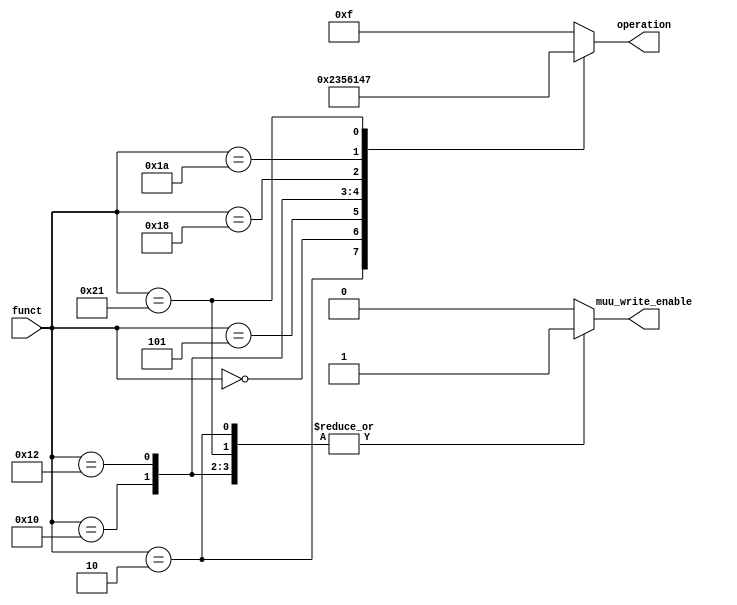
/* Controle da unidade multiplicadora muu_control:
 * Recebe o campo funct da instrucao como entrada e determina a operacao a ser
 * executada na MUU, assim como se essa operacao escreve ou nao no banco de
 * registradores. Retorna o codigo da operacao a ser executada e uma flag que
 * permite ou nao a escrita no banco.
 */
module muu_control(
		input[5:0] funct,					// Campo FUNCT da instrucao
		
		output reg [3:0] operation,	// Codigo da op a ser executada na MUU
		output reg muu_write_enable	// Flag para permitir escrita no bco de reg
	);
	
	initial begin
		muu_write_enable = 1'b0;	// Desabilita escrita no banco
		operation = 4'b1111;			// Codigo p/ NO OP na MUU
	end
	
	always @(*) begin
		muu_write_enable = 1'b0;	// Desabilita escrita no banco
		
		case (funct)
			6'b000010: begin	// MUL
				operation <= 4'b0000;
				muu_write_enable <= 1'b1;	// Escreve banco de registradores
			end
			
			6'b000000: begin	// MADD
				operation <= 4'b0010;
				muu_write_enable <= 1'b0;	// Desabilita escrita no banco
			end
			
			6'b000101: begin// MSUBU
				operation <= 4'b0011;
				muu_write_enable <= 1'b0;	// Desabilita escrita no banco
			end
			
			6'b010000: begin	// MFHI
				operation <= 4'b0101;
				muu_write_enable <= 1'b1;	// Escreve banco de registradores
			end
				
			6'b010010: begin	// MFLO
				operation <= 4'b0110;
				muu_write_enable <= 1'b1;	// Escreve banco de registradores
			end
				
			6'b011000: begin	// MULT
				operation <= 4'b0001;
				muu_write_enable <= 1'b0;	// Desabilita escrita no banco
			end
				
			6'b011010: begin	// DIV
				operation <= 4'b0100;
				muu_write_enable <= 1'b0;	// Desabilita escrita no banco
			end
			
			6'b100001: begin	// CLO
				operation <= 4'b0111;
				muu_write_enable <= 1'b1;	// Escreve no banco de registradores
			end


			/* DEFAULT */
			default:
				operation <= 4'b1111;		// NO OP
		endcase
	end
	
endmodule